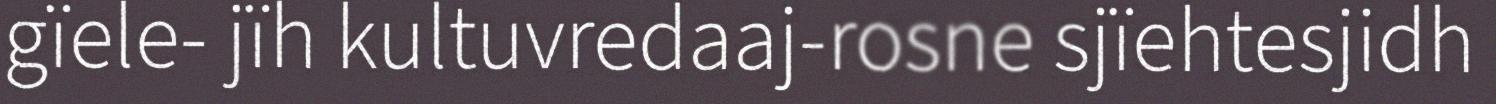
gïele- jïh kultuvredaaj-rosne sjïehtesjidh